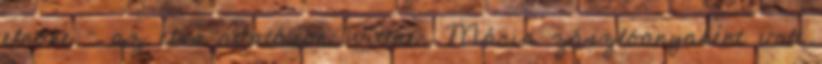
elnöke – az első avatáson Wittner Mária zászlóanyaként volt